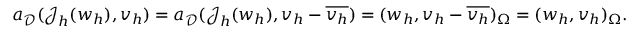
a _ { \mathcal { D } } ( \boldsymbol { \mathcal { J } } _ { h } ( w _ { h } ) , \boldsymbol { v } _ { h } ) = a _ { \mathcal { D } } ( \boldsymbol { \mathcal { J } } _ { h } ( w _ { h } ) , \boldsymbol { v } _ { h } - \overline { { \boldsymbol { v } _ { h } } } ) = ( w _ { h } , v _ { h } - \overline { { v _ { h } } } ) _ { \Omega } = ( w _ { h } , v _ { h } ) _ { \Omega } .